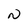
Character: N